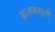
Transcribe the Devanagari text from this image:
आजपासुनी